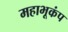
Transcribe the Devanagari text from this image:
महाभूकंप